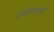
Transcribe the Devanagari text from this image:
प्रयोगावर